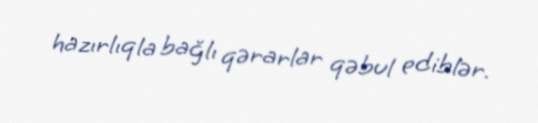
hazırlıqla bağlı qərarlar qəbul ediblər.